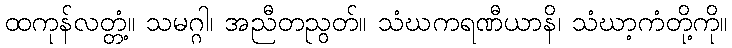
ထကုန်လတ္တံ့။ သမဂ္ဂါ၊ အညီတညွတ်။ သံဃကရဏီယာနိ၊ သံဃာ့ကံတို့ကို။